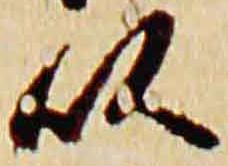
以